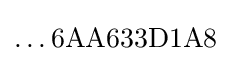
\ldots 6{\text{A}}{\text{A}}633{\text{D}}1{\text{A}}8